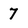
Character: 7